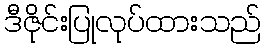
ဒီဇိုင်းပြုလုပ်ထားသည်